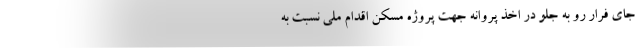
جای فرار رو به جلو در اخذ پروانه جهت پروژه مسکن اقدام ملی نسبت به